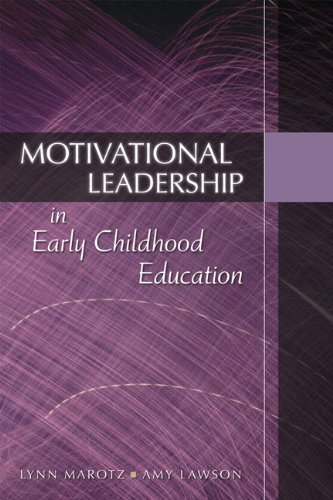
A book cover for Motivational Leadership in Early Childhood Education; Lynn Marotz; Medical Books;